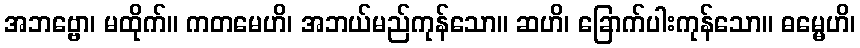
အဘဗ္ဗော၊ မထိုက်။ ကတမေဟိ၊ အဘယ်မည်ကုန်သော။ ဆဟိ၊ ခြောက်ပါးကုန်သော။ ဓမ္မေဟိ၊